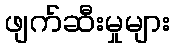
ဖျက်ဆီးမှုများ